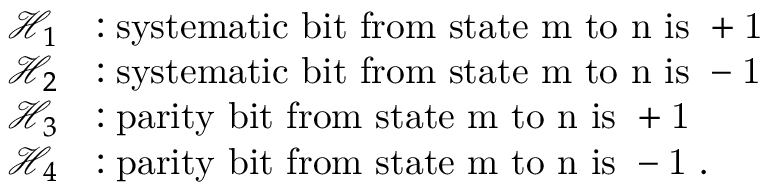
\begin{array} { r l } { \mathscr { H } _ { 1 } } & { : \mathrm { s y s t e m a t i c ~ b i t ~ f r o m ~ s t a t e ~ m ~ t o ~ n ~ i s ~ + 1 ~ } } \\ { \mathscr { H } _ { 2 } } & { : \mathrm { s y s t e m a t i c ~ b i t ~ f r o m ~ s t a t e ~ m ~ t o ~ n ~ i s ~ - 1 ~ } } \\ { \mathscr { H } _ { 3 } } & { : \mathrm { p a r i t y ~ b i t ~ f r o m ~ s t a t e ~ m ~ t o ~ n ~ i s ~ + 1 ~ } } \\ { \mathscr { H } _ { 4 } } & { : \mathrm { p a r i t y ~ b i t ~ f r o m ~ s t a t e ~ m ~ t o ~ n ~ i s ~ - 1 ~ } . } \end{array}